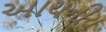
આયનીય